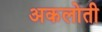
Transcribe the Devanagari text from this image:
अकलोती